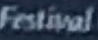
Festival